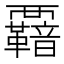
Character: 𮗋